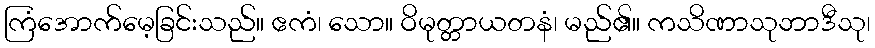
ကြံအောက်မေ့ခြင်းသည်။ ဧကံ၊ သော။ ဝိမုတ္တာယတနံ၊ မည်၏။ ကသိဏာသုဘာဒီသု၊